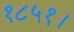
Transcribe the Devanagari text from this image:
१८५१।